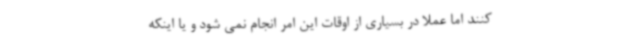
کنند اما عملا در بسیاری از اوقات این امر انجام نمی شود و یا اینکه